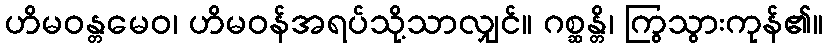
ဟိမဝန္တမေဝ၊ ဟိမဝန်အရပ်သို့သာလျှင်။ ဂစ္ဆန္တိ၊ ကြွသွားကုန်၏။